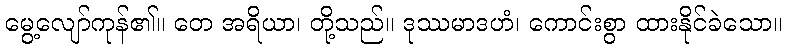
မွေ့လျော်ကုန်၏။ တေ အရိယာ၊ တို့သည်။ ဒုဿမာဒဟံ၊ ကောင်းစွာ ထားနိုင်ခဲသော။